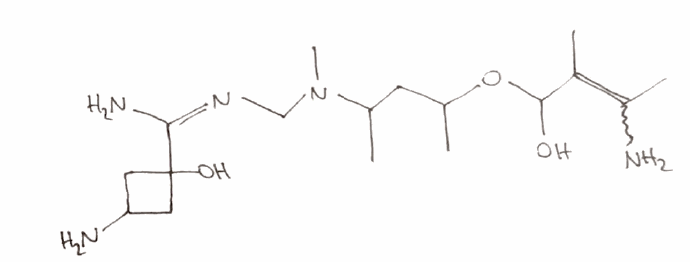
Simplified molecular-input line-entry system (SMILES) notation of the given molecule:
CC(CC(C)OC(C(=C(C)N)C)O)N(C)C/N=C(\C1(CC(C1)N)O)/N